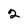
Character: 2